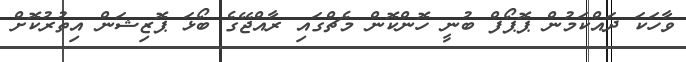
ވާހަކަ ދައްކަމުން ޕޮޕޯފް ބުނީ ހޮންކޮން މެޗްގައި ރާއްޖޭގެ ބޯޅަ ޕޮޒިޝަން އިތުރުކޮށް